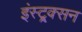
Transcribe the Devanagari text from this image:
इंस्ट्र्क्सन